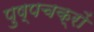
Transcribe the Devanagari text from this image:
पुष्पचक्रों